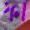
ফা